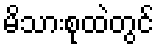
မိသားစုထဲတွင်